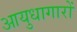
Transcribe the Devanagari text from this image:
आयुधागारों